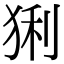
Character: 猁